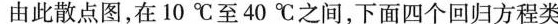
由此散点图，在10℃至℃ 之间，下面四个回归方程类